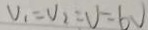
V _ { 1 } = V _ { 2 } = V = 6 V